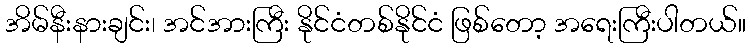
အိမ်နီးနားချင်း၊ အင်အားကြီး နိုင်ငံတစ်နိုင်ငံ ဖြစ်တော့ အရေးကြီးပါတယ်။